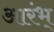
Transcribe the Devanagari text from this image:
आरंभ्